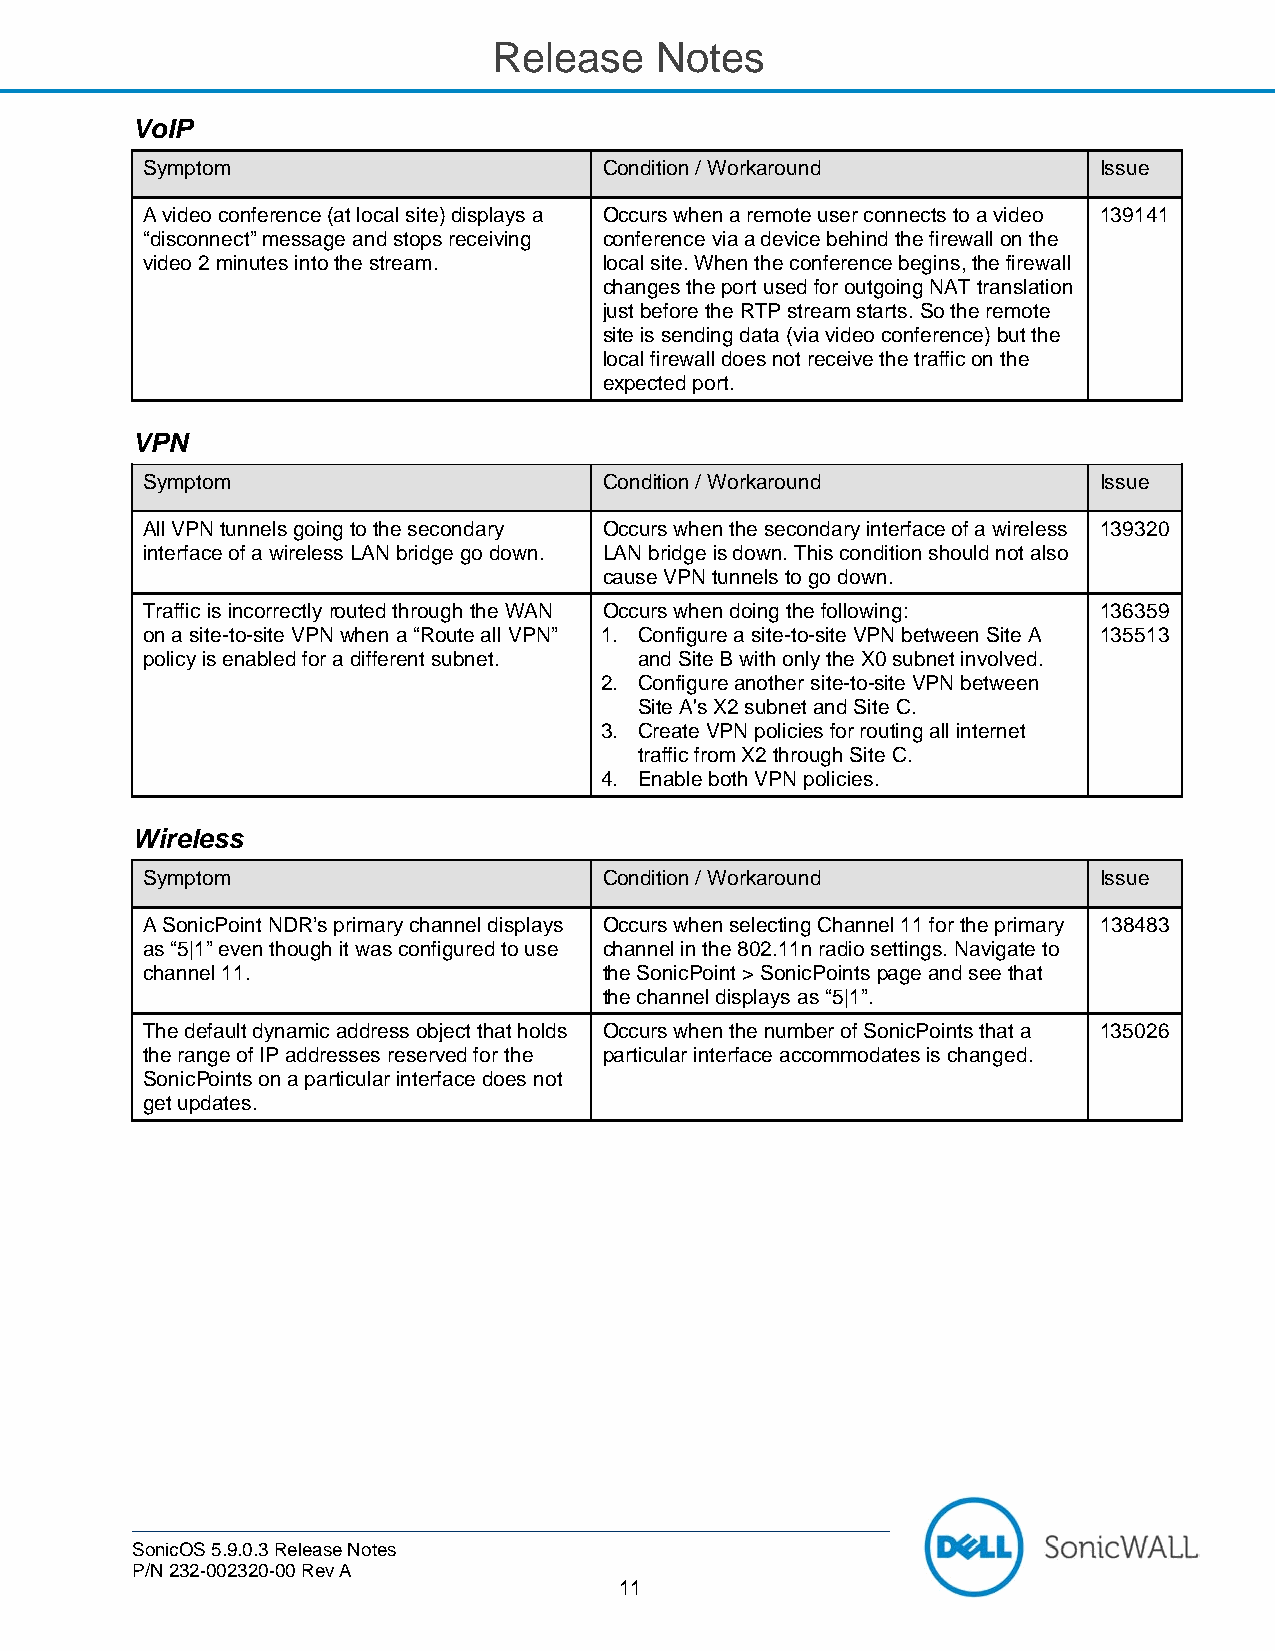
Release   Notes
 VoIP
 Symptom                        Condition / Workaround           Issue
 A video conference (at local site) displays a Occurs when a remote user connects to a video 139141
 “disconnect” message and stops receiving conference via a device behind the firewall on the
 video 2 minutes into the stream. local site. When the conference begins, the firewall
 changes the port used for outgoing NAT translation
 just before the RTP stream starts. So the remote
 site is sending data (via video conference) but the
 local firewall does not receive the traffic on the
 expected port.
 VPN
 Symptom                        Condition / Workaround           Issue
 All VPN tunnels going to the secondary Occurs when the secondary interface of a wireless 139320
 interface of a wireless LAN bridge go down. LAN bridge is down. This condition should not also
 cause VPN tunnels to go down.
 Traffic is incorrectly routed through the WAN Occurs when doing the following: 136359
 on a site-to-site VPN when a “Route all VPN” 1. Configure a site-to-site VPN between Site A 135513
 policy is enabled for a different subnet. and Site B with only the X0 subnet involved.
 2. Configure another site-to-site VPN between
 Site A's X2 subnet and Site C.
 3. Create VPN policies for routing all internet
 traffic from X2 through Site C.
 4. Enable both VPN policies.
 Wireless
 Symptom                        Condition / Workaround           Issue
 A SonicPoint NDR’s primary channel displays Occurs when selecting Channel 11 for the primary 138483
 as “5|1” even though it was configured to use channel in the 802.11n radio settings. Navigate to
 channel 11.                    the SonicPoint > SonicPoints page and see that
 the channel displays as “5|1”.
 The default dynamic address object that holds Occurs when the number of SonicPoints that a 135026
 the range of IP addresses reserved for the particular interface accommodates is changed.
 SonicPoints on a particular interface does not
 get updates.
 SonicOS 5.9.0.3 Release Notes
 P/N 232-002320-00 Rev A
 11